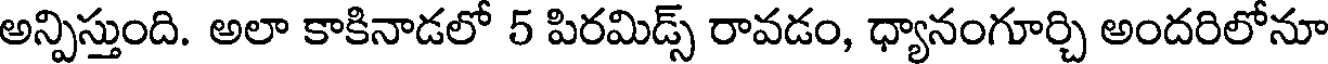
అన్పిస్తుంది. అలా కాకినాడలో 5 పిరమిడ్స్ రావడం, ధ్యానంగూర్చి అందరిలోనూ